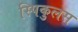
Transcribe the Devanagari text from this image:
स्पिकुलस